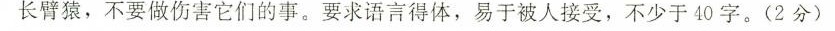
长臂猿，不要做伤害它们的事。要求语言得体，易于被人接受，不少于40字。(2分)